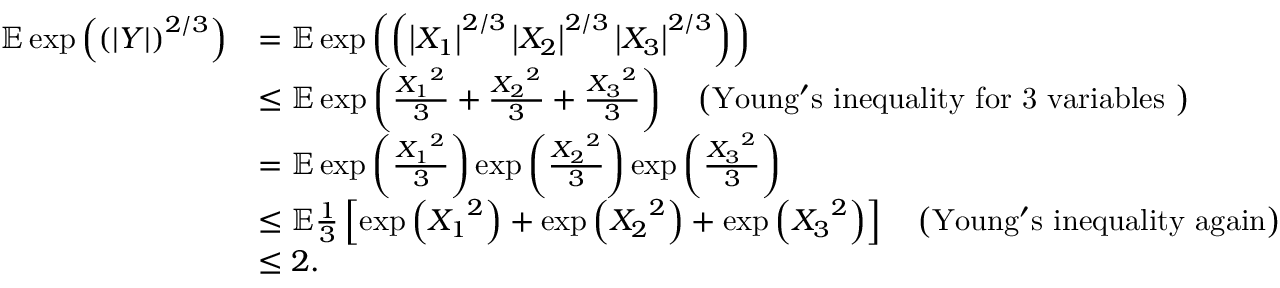
\begin{array} { r l } { { \mathbb { E } } \exp \left( \left( \left\vert Y \right\vert \right) ^ { 2 / 3 } \right) } & { = { \mathbb { E } } \exp \left( \left( \left\vert X _ { 1 } \right\vert ^ { 2 / 3 } \left\vert X _ { 2 } \right\vert ^ { 2 / 3 } \left\vert X _ { 3 } \right\vert ^ { 2 / 3 } \right) \right) } \\ & { \leq { \mathbb { E } } \exp \left( \frac { { X _ { 1 } } ^ { 2 } } { 3 } + \frac { { X _ { 2 } } ^ { 2 } } { 3 } + \frac { { X _ { 3 } } ^ { 2 } } { 3 } \right) \quad \left( \mathrm { Y o u n g ' s ~ i n e q u a l i t y ~ f o r ~ 3 ~ v a r i a b l e s ~ } \right) } \\ & { = { \mathbb { E } } \exp \left( \frac { { X _ { 1 } } ^ { 2 } } { 3 } \right) \exp \left( \frac { { X _ { 2 } } ^ { 2 } } { 3 } \right) \exp \left( \frac { { X _ { 3 } } ^ { 2 } } { 3 } \right) } \\ & { \leq { \mathbb { E } } \frac { 1 } { 3 } \left[ \exp \left( { X _ { 1 } } ^ { 2 } \right) + \exp \left( { X _ { 2 } } ^ { 2 } \right) + \exp \left( { X _ { 3 } } ^ { 2 } \right) \right] \quad \left( \mathrm { Y o u n g ' s ~ i n e q u a l i t y ~ a g a i n } \right) } \\ & { \leq 2 . } \end{array}